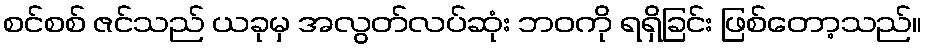
စင်စစ် ဇင်သည် ယခုမှ အလွတ်လပ်ဆုံး ဘဝကို ရရှိခြင်း ဖြစ်တော့သည်။